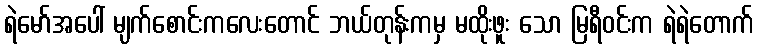
ရဲမော်အပေါ် မျက်စောင်းကလေးတောင် ဘယ်တုန်းကမှ မထိုးဖူး သော မြရီဝင်းက ရဲရဲတောက်